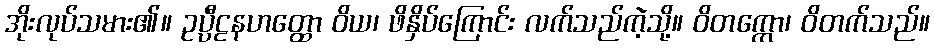
အိုးလုပ်သမား၏။ ဥပ္ပီဠနဟတ္ထော ဝိယ၊ ဖိနှိပ်ကြောင်း လက်သည်ကဲ့သို့။ ဝိတက္ကော၊ ဝိတက်သည်။